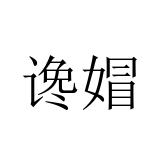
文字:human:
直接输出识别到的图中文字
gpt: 谗媢